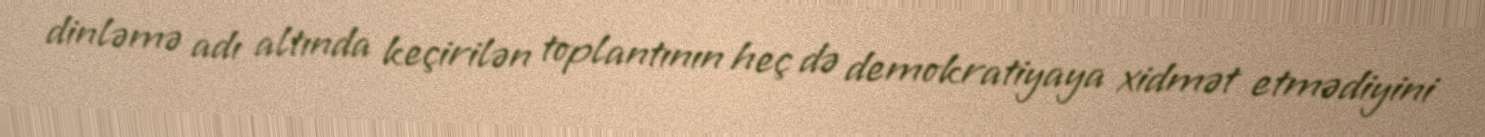
dinləmə adı altında keçirilən toplantının heç də demokratiyaya xidmət etmədiyini